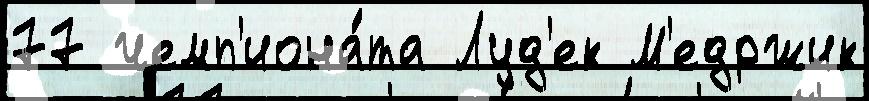
77 чемп'иона́та Луд'ек М'едржик